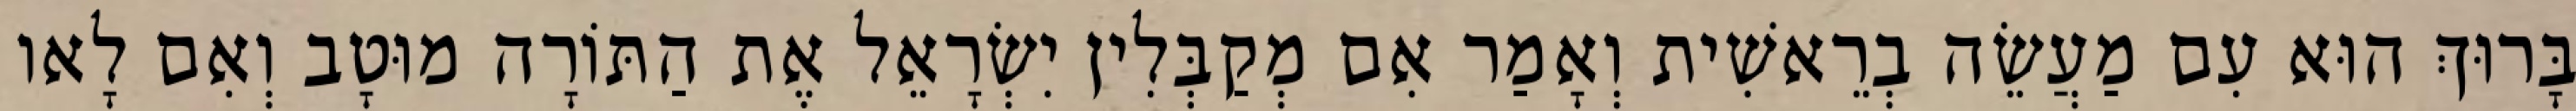
בָּרוּךְ הוּא עִם מַעֲשֵׂה בְרֵאשִׁית וְאָמַר אִם מְקַבְּלִין יִשְׂרָאֵל אֶת הַתּוֹרָה מוּטָב וְאִם לָאו